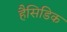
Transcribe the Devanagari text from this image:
हैसिडिक